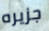
جزيره